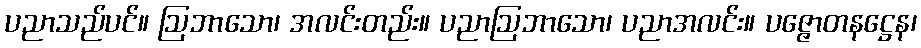
ပညာသည်ပင်။ ဩဘာသော၊ အလင်းတည်း။ ပညာဩဘာသော၊ ပညာအလင်း။ ပဇ္ဇောတနဋ္ဌေန၊